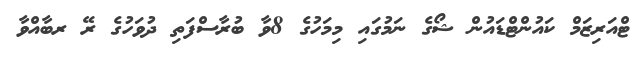
ޓްއަރިޒަމް ކައުންޓްޑައުން ޝޯގެ ނަމުގައި މިމަހުގެ 8ވާ ބުރާސްފަތި ދުވަހުގެ ރޭ ރބާއްވާ